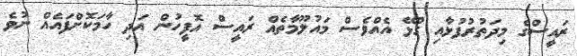
ރައީސްގެ މިދަތުރުފުޅާއި ގުޅޭ އެއްވެސް މައުލޫމާތެއް ރައީސް އޮފީހުން އަދި ހާމަކޮށްފައެއް ނުވެ